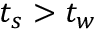
t \sb s > t \sb w